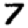
Digit: 7